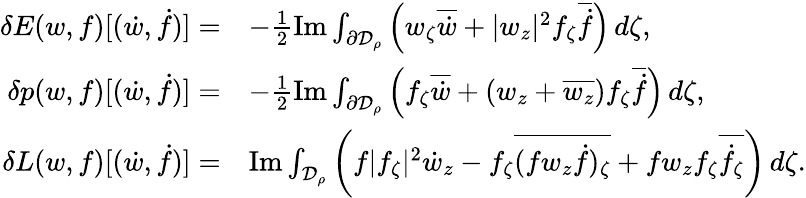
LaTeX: \begin{array}{rl}{\delta E(w,f)[(\dot{w},\dot{f})]=}&{-\frac 12\operatorname{Im}\int_{\partial\mathcal{D}_{\rho}}\left(w_{\zeta}\overline{{\dot{w}}}+|w_{z}|^{2}f_{\zeta}\overline{{\dot{f}}}\right)\, d\zeta,}\\ {\delta p(w,f)[(\dot{w},\dot{f})]=}&{-\frac 12\operatorname{Im}\int_{\partial\mathcal{D}_{\rho}}\left(f_{\zeta}\overline{{\dot{w}}}+\left(w_{z}+\overline{{w_{z}}}\right)f_{\zeta}\overline{{\dot{f}}}\right)\, d\zeta,}\\ {\delta L(w,f)[(\dot{w},\dot{f})]=}&{\operatorname{Im}\int_{\mathcal{D}_{\rho}}\left(f|f_{\zeta}|^{2}\dot{w}_{z}-f_{\zeta}\overline{{(fw_{z}\dot{f})_{\zeta}}}+fw_{z}f_{\zeta}\overline{{\dot{f}_{\zeta}}}\right)\, d\zeta.}\end{array}